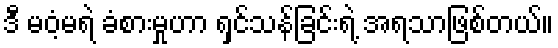
ဒီ မဝံ့မရဲ ခံစားမှုဟာ ရှင်သန်ခြင်းရဲ့ အရသာဖြစ်တယ်။